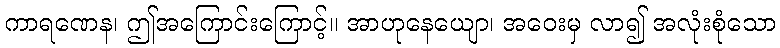
ကာရဏေန၊ ဤအကြောင်းကြောင့်။ အာဟုနေယျော၊ အဝေးမှ လာ၍ အလုံးစုံသော